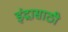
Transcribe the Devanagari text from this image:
इंद्रासाठी